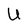
Character: U